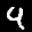
Label: 9